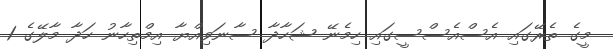
މީގެ ތެރޭގައި އެސްއެސްސީގައި ހިމެނޭ ޝަހާދާ ސާނަވިއްޔާ އިމްތިހާނު ހަދާ މާލޭގެ 1